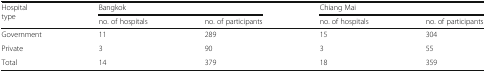
<table><thead><tr><td rowspan="2"><b>Hospital type</b></td><td colspan="2"><b>Bangkok</b></td><td colspan="2"><b>Chiang Mai</b></td></tr><tr><td><b>no. of hospitals</b></td><td><b>no. of participants</b></td><td><b>no. of hospitals</b></td><td><b>no. of participants</b></td></tr></thead><tbody><tr><td>Government</td><td>11</td><td>289</td><td>15</td><td>304</td></tr><tr><td>Private</td><td>3</td><td>90</td><td>3</td><td>55</td></tr><tr><td>Total</td><td>14</td><td>379</td><td>18</td><td>359</td></tr></tbody></table>